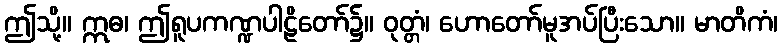
ဤသို့။ ဣဓ၊ ဤရူပကဏ္ဍပါဠိတော်၌။ ဝုတ္တံ၊ ဟောတော်မူအပ်ပြီးသော။ မာတိကံ၊